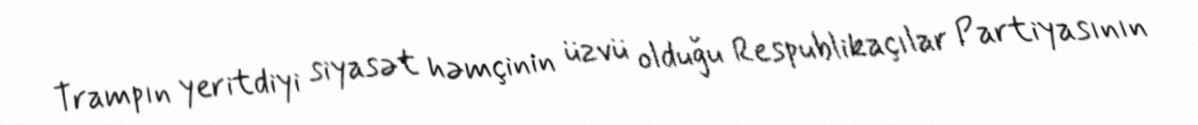
Trampın yeritdiyi siyasət həmçinin üzvü olduğu Respublikaçılar Partiyasının